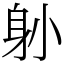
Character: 𨈓